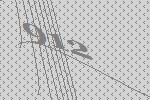
912